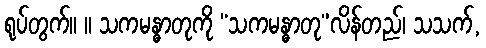
ရုပ်တွက်။ ။ သကမန္ဓာတုကို “သကမန္ဓာတု”လိန်တည်၊ သသက်,